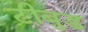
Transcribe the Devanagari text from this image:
टीबुड